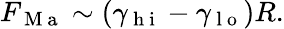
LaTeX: F_{\mathrm{~M~a~}}\sim(\gamma_{\mathrm{~h~i~}}-\gamma_{\mathrm{~l~o~}})R.